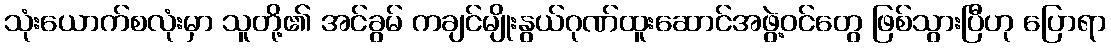
သုံးယောက်စလုံးမှာ သူတို့၏ အင်ခွမ် ကချင်မျိုးနွယ်ဂုဏ်ထူးဆောင်အဖွဲ့ဝင်တွေ ဖြစ်သွားပြီဟု ပြောရာ